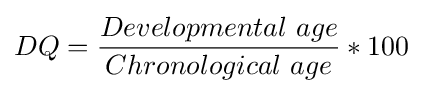
DQ={\frac {Developmental\ age}{Chronological\ age}}*100